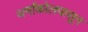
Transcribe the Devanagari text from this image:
थर्माकोलपासून